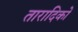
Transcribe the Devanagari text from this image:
तारादिकों